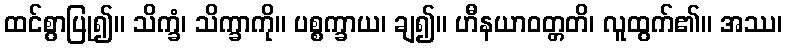
ထင်စွာပြု၍။ သိက္ခံ၊ သိက္ခာကို။ ပစ္စက္ခာယ၊ ချ၍။ ဟီနယာဝတ္တတိ၊ လူထွက်၏။ အဿ၊